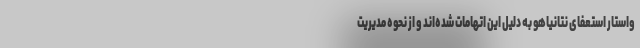
واستار استعفای نتانیاهو به دلیل این اتهامات شده‌اند و از نحوه مدیریت